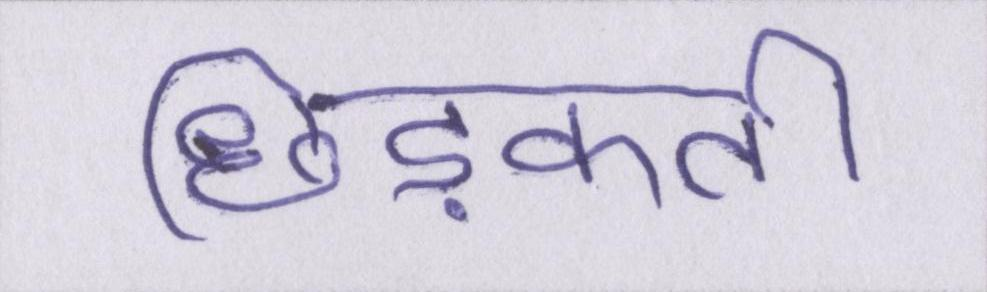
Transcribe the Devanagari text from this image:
छिड़कती